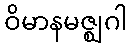
ဝိမာနမဇ္ဈဂါ